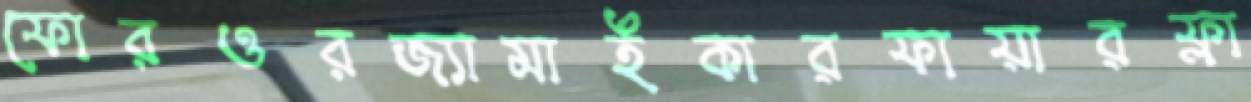
ফোরওরজ্যামাইকারফায়ারফ্লা